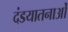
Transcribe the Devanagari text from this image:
दंडयातनाओं